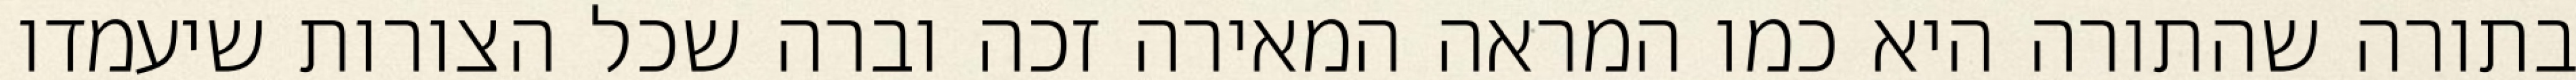
בתורה שהתורה היא כמו המראה המאירה זכה וברה שכל הצורות שיעמדו